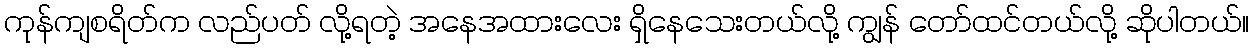
ကုန်ကျစရိတ်က လည်ပတ် လို့ရတဲ့ အနေအထားလေး ရှိနေသေးတယ်လို့ ကျွန် တော်ထင်တယ်လို့ ဆိုပါတယ်။